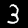
Label: 3